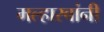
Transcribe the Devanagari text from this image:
मल्हारबांनी